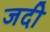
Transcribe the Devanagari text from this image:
जदी